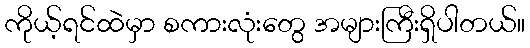
ကိုယ့်ရင်ထဲမှာ စကားလုံးတွေ အများကြီးရှိပါတယ်။